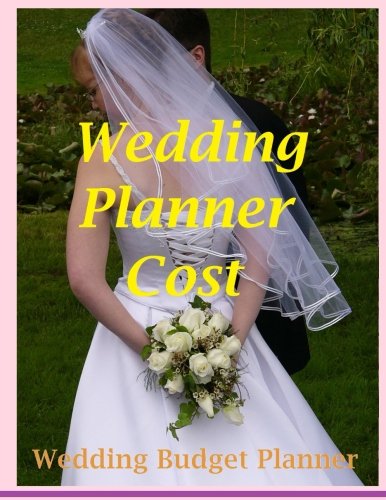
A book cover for Wedding Planner Cost: Wedding Budget Planner; Frances P Robinson; Crafts, Hobbies & Home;